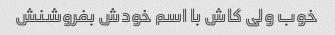
خوب ولی کاش با اسم خودش بفروشنش